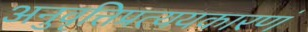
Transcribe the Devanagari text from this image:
अनुवृत्तिप्रत्ययकारणं